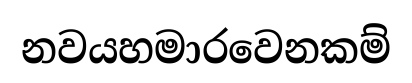
නවයහමාරවෙනකම්